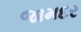
જામદર